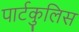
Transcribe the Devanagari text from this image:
पार्टकुलिस